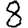
Digit: 8